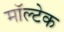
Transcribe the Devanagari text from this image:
मॉल्टेक